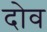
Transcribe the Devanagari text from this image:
दोव